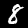
Label: 8